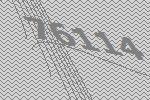
76114